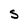
Character: S